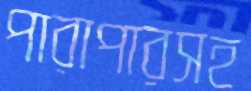
পারাপারসহ